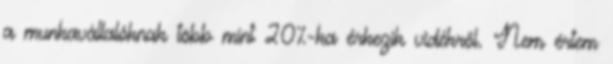
a munkavállalóknak több mint 20%-ka érkezik vidékről. Nem értem